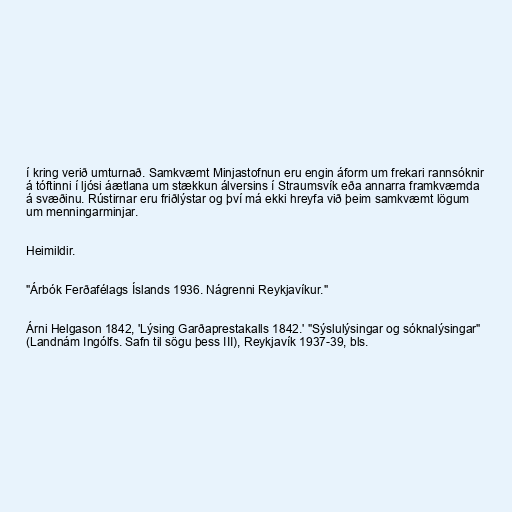
í kring verið umturnað. Samkvæmt Minjastofnun eru engin áform um frekari rannsóknir
á tóftinni í ljósi áætlana um stækkun álversins í Straumsvík eða annarra framkvæmda
á svæðinu. Rústirnar eru friðlýstar og því má ekki hreyfa við þeim samkvæmt lögum
um menningarminjar.

Heimildir.

"Árbók Ferðafélags Íslands 1936. Nágrenni Reykjavíkur."

Árni Helgason 1842, 'Lýsing Garðaprestakalls 1842.' "Sýslulýsingar og sóknalýsingar"
(Landnám Ingólfs. Safn til sögu þess III), Reykjavík 1937-39, bls.